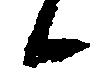
候